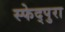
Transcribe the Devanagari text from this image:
स्फेद्पुरा